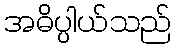
အဓိပ္ပါယ်သည်